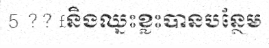
5 ?? £និងឈ្នះខ្លះបានបន្ថែម